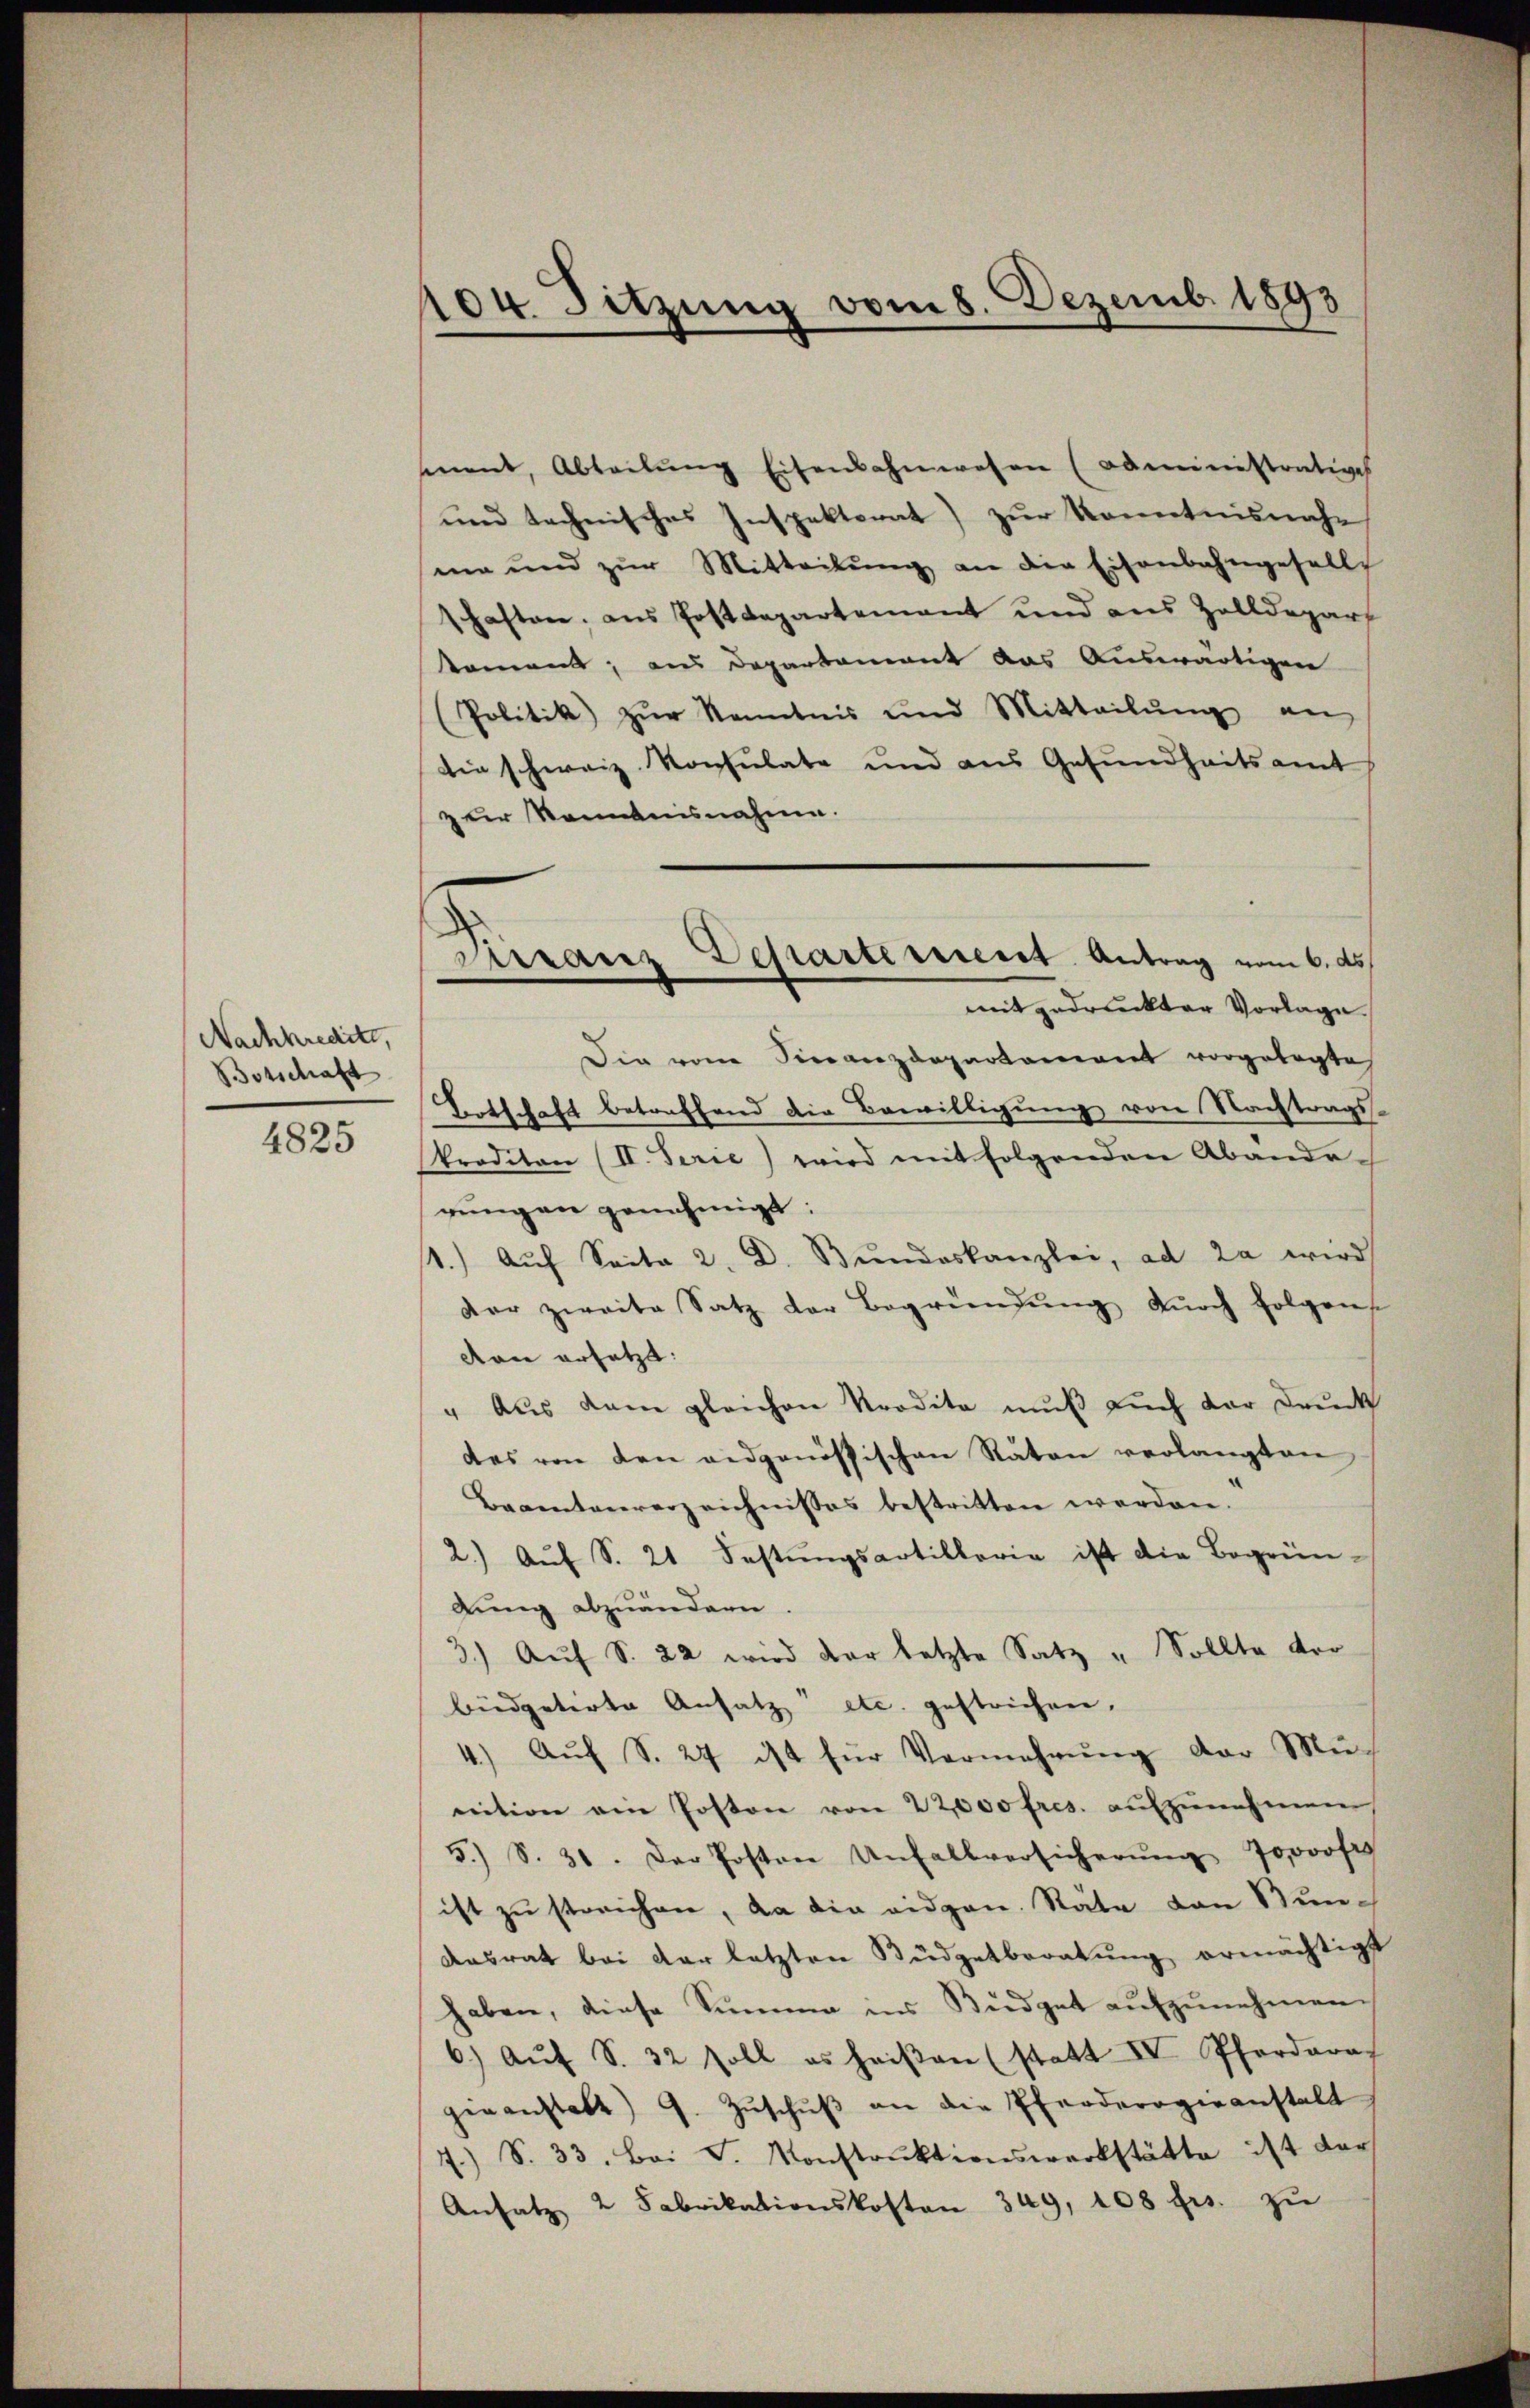
Nachkredite,
Botschaft

4825

404. Sitzung vom 8. Dezemb. 1893

Firranz Departement Antrag vom 6. ds.
mit gedruckter Vorlage

ment, Abteilŭng Eisenbahnwesen (administratives
ŭnd technisches Inspektorat) zŭr Kenntnisnahe
ma und zŭr Mitteilŭng an die Eisenbahngesells
schaften, aus Postdepartement und aus Zolldepart
kammen; aus Departement das Auswärtigen
(Politik zŭr Kenntnis und Mitteilŭng an
die schweiz. Konsulate und aus Gesundheitsamt
zur Kenntnisnahme.
Die vom Finanzdepartement vorgelegte
Fortschaft betreffend die Bewilligung von Nachtrags-
Proditan (II. Serie) wird mit folgenden Abände-
rungen genehmigt:
1.) Auf Seite 2. D. Bundeskanzlei, ad 2. wird
der zweite Satz der Begründŭng dŭrch folgen
von ersetzt:
" Aŭs dem gleichen Prodita mŭβ aŭch dar Drŭck
des von den eidgenössischen Raten verlangten
Baaentenverzeichnisses bestritten werden.
2.) Aŭf S. 21 Fastŭngsartilloria ist die Begrün-
dung abzuändern.
3.) Auf S. 22 wird der letzte Satz " Sollte vor
büdgetirte Ansatz etc. gestrichen.
4.) Auf S. 27 ist für Vermehrŭng der Mü
nition am Posten von 22000 fres. aŭfzŭnehmen,
5.) S. 31. Der Posten Unfallversicherŭng 70000 Fr.
ist zu streichen, da die eidgen. Stäte von Stun¬
Ansrat bei der letzten Büdgetberatŭng ermächtigt
haben, diese Summe ins Büdget aŭfzŭnehmen.
6) Aŭf S. 32 soll es heiβen (statt IV Pferdara
genanstatt G. Zŭschŭβ an die Pferderogieanstalt
7) S. 33. bei F. Konstrŭktionswerkstätte ist dar
Ansatz 2 Fabrikationskosten 349, 108 frs. zŭ